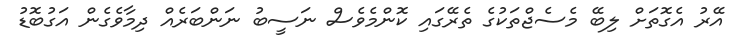
އޭރު އެގޮތަށް ލިބޭ މެސެޖްތަކުގެ ތެރޭގައި ކޮންމެވެސް ނަސީބު ނަންބަރެއް ދިމާވެގެން އަގުބޮޑު